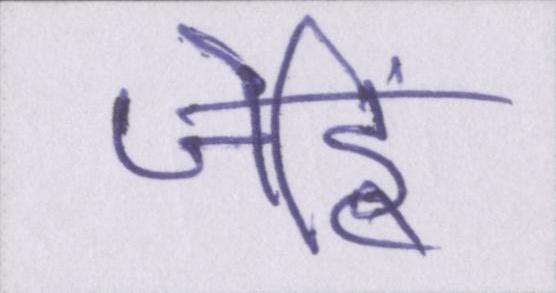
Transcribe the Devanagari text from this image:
जेहिं